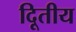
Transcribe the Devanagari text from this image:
दिूतीय